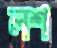
লশ